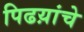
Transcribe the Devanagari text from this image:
पिढय़ांचे